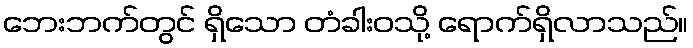
ဘေးဘက်တွင် ရှိသော တံခါးဝသို့ ရောက်ရှိလာသည်။